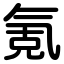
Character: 氪